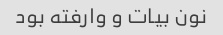
نون بیات و وارفته بود